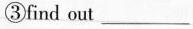
③find out ___